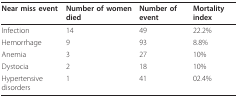
| Near miss event | Number of women died | Number of event | Mortality index |
 | --- | --- | --- | --- |
 | Infection | 14 | 49 | 22.2% |
 | Hemorrhage | 9 | 93 | 8.8% |
 | Anemia | 3 | 27 | 10% |
 | Dystocia | 2 | 18 | 10% |
 | Hypertensive disorders | 1 | 41 | 02.4% |